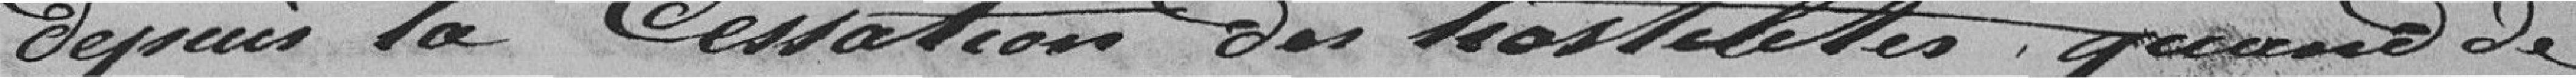
Depuis la Cessation Das las